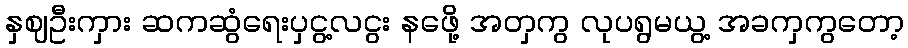
နှဈဦးကှား ဆကဆွံရေးပှငွ့လငွး နဖေို့ အတှကွ လုပရွမယွ့ အခကှကွတော့